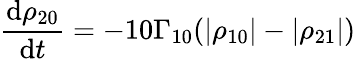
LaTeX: \frac{\mathrm{d}\rho_{20}}{\mathrm{d}t}=-10\Gamma_{10}(|\rho_{10}|-|\rho_{21}|)